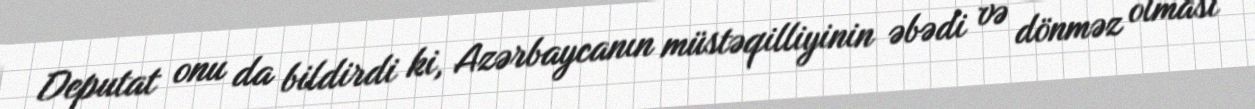
Deputat onu da bildirdi ki, Azərbaycanın müstəqilliyinin əbədi və dönməz olması